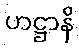
ဟဋ္ဌာနိ